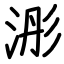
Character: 浵